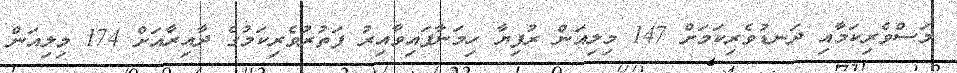
މަސްވެރިކަމާއި ދަނޑުވެރިކަމަށް 147 މިލިއަން ރުފިޔާ ހިމަނާފައިވާއިރު ފަތުރުވެރިކަމުގެ ދާއިރާއަށް 174 މިލިއަން